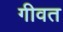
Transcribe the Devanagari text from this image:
गीवत